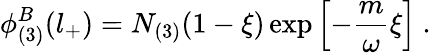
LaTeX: \phi_{(3)}^{B}(l_{+})=N_{(3)}(1-\xi)\exp\left[-\frac{m}{\omega}\xi\right]\ .